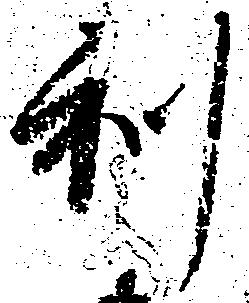
利